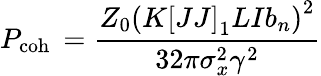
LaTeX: P_{\mathrm{coh\ }}=\frac{Z_{0}\left(K\left[JJ\right]_{1}LIb_{n}\right)^{2}}{32\pi\sigma_{x}^{2}\gamma^{2}}